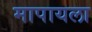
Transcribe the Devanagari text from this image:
मापायला